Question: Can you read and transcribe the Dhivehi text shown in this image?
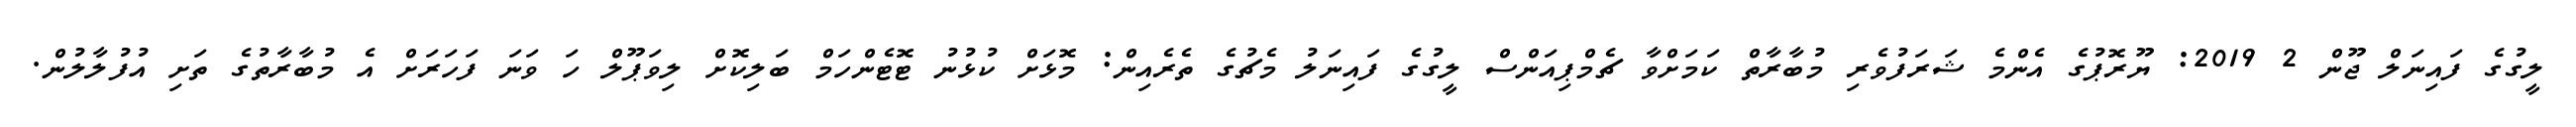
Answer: ލީގުގެ ފައިނަލް ޖޫން 2 2019: ޔޫރޮޕުގެ އެންމެ ޝަރަފުވެރި މުބާރާތް ކަމަށްވާ ޗެމްޕިއަންސް ލީގުގެ ފައިނަލު މެޗުގެ ތެރެއިން: މޮޅަށް ކުޅުނު ޓޮޓެންހަމް ބަލިކޮށް ލިވަޕޫލް ހަ ވަނަ ފަހަރަށް އެ މުބާރާތުގެ ތަށި އުފުލާލުން.